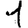
Digit: 1